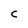
Character: C